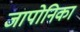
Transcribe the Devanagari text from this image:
जापोनिका